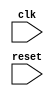
module timing_control_and_sync(

  input wire clk,
  input wire reset,
  // Add any other necessary inputs

  // Add any necessary outputs, registers, and wires

);

  // Declare state variables

  // Define state machine logic

  // Implement control logic for timing of read and write operations

  // Implement synchronization logic for data between clock domains

  // Add any other necessary Verilog code for timing control and synchronization

endmodule